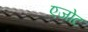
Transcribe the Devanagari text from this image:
एजोट